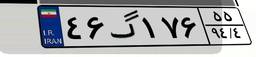
۴۶گ۱۷۶۵۵